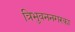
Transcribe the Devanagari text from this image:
त्रिभुवननगरका